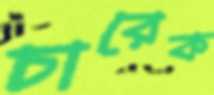
চারেক